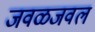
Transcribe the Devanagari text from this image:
जवळजवल